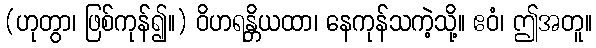
(ဟုတွာ၊ ဖြစ်ကုန်၍။) ဝိဟရန္တိယထာ၊ နေကုန်သကဲ့သို့။ ဧဝံ၊ ဤအတူ။